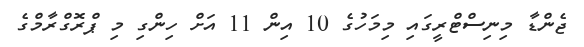
ޖެންޑާ މިނިސްޓްރީގައި މިމަހުގެ 10 އިން 11 އަށް ހިންގި މި ޕްރޮގްރާމްގެ